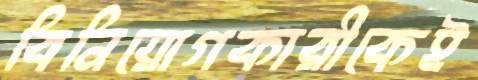
বিনিয়োগকারীকেই